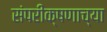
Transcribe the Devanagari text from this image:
संपरीक्षणाच्या